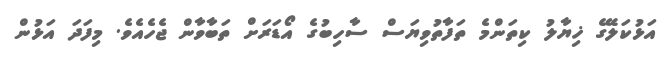
އަޅުކަލޭގެ ޚިޔާލު ކިތަންމެ ތަފާތުވިޔަސް ސާހިބުގެ އޯޑަރަށް ތަބާވާން ޖެހެއެވެ. މިފަދަ އަޅުން